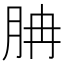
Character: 䏥